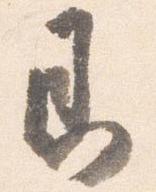
即